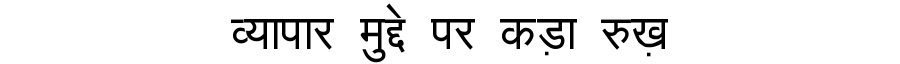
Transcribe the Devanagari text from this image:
व्यापार मुद्दे पर कड़ा रुख़